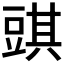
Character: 𧯯